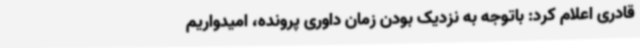
قادری اعلام کرد: باتوجه به نزدیک بودن زمان داوری پرونده، امیدواریم